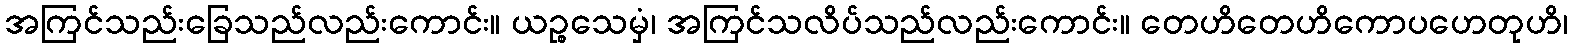
အကြင်သည်းခြေသည်လည်းကောင်း။ ယဉ္စသေမှံ၊ အကြင်သလိပ်သည်လည်းကောင်း။ တေဟိတေဟိကောပဟေတုဟိ၊